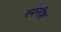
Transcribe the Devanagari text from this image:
स्पॅनीश